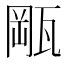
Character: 𤭛